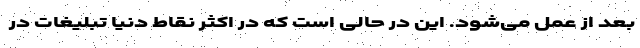
بعد از عمل می‌شود. این در حالی است که در اکثر نقاط دنیا تبلیغات در